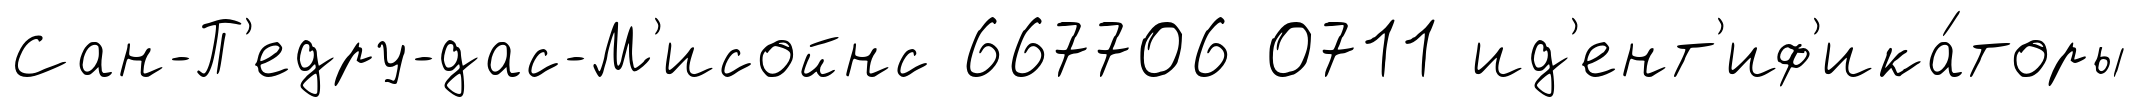
Сан-П'едру-дас-М'исойнс 667706 0711 ид'ент'иф'ика́торы